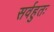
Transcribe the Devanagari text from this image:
सर्वहुतः